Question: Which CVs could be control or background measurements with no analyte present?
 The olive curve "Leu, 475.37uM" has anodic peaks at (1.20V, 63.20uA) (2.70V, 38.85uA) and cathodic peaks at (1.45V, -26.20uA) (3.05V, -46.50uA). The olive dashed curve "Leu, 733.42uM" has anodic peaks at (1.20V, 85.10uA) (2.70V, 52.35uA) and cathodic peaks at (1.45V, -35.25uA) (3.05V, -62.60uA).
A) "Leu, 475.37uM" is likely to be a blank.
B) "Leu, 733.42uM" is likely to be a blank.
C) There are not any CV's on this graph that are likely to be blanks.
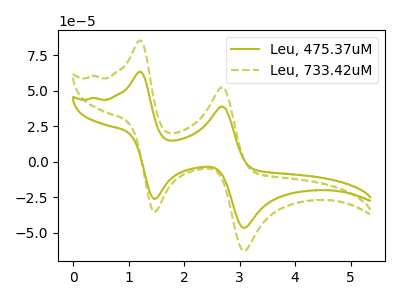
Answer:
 <answer>C) There are not any CV's on this graph that are likely to be blanks.</answer>
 <eval>C</eval>